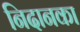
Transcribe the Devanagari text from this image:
निदानका